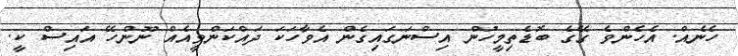
ހެނެއް. އެހެންވެ ގޭގެ ބޮޑެތިމީހުން އިސްނަގައިގެން އެވާހަކަ ދައްކަންވީއެއް ނޫންހޭ އައިސް ކީ.